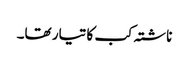
ناشتہ کب کا تیار تھا۔